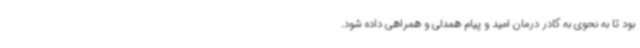
بود تا به نحوی به کادر درمان امید و پیام همدلی و همراهی داده شود.